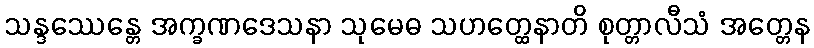
သန္ဒဿေန္တေ အက္ခဏဒေသနာ သုမေဓ သဟတ္ထေနာတိ စုတ္တာလီသံ အတ္တေန